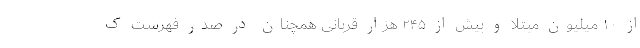
از ۱۰ میلیون مبتلا و بیش از ۲۴۵ هزار قربانی همچنان در صدر فهرست ک